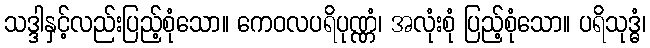
သဒ္ဒါနှင့်လည်းပြည့်စုံသော။ ကေဝလပရိပုဏ္ဏံ၊ အလုံးစုံ ပြည့်စုံသော။ ပရိသုဒ္ဓံ၊